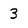
Character: 3